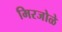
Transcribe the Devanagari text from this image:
मिरजोळे